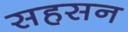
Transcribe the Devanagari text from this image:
सहसन